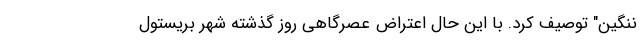
ننگین" توصیف کرد. با این حال اعتراض عصرگاهی روز گذشته شهر بریستول